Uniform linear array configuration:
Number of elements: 24
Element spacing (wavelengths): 1
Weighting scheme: uniform
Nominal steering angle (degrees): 45
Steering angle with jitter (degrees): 46.901
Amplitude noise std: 0.05
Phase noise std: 0.05

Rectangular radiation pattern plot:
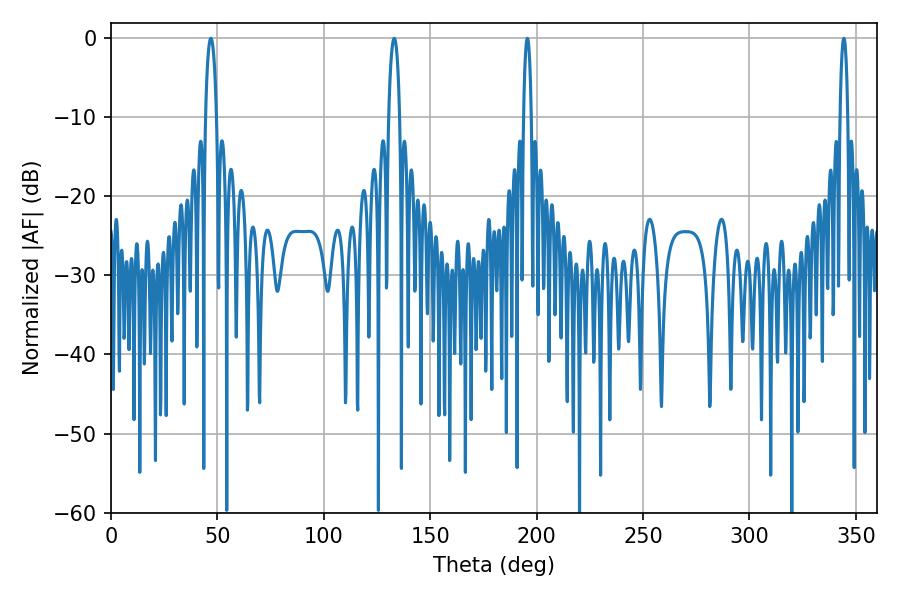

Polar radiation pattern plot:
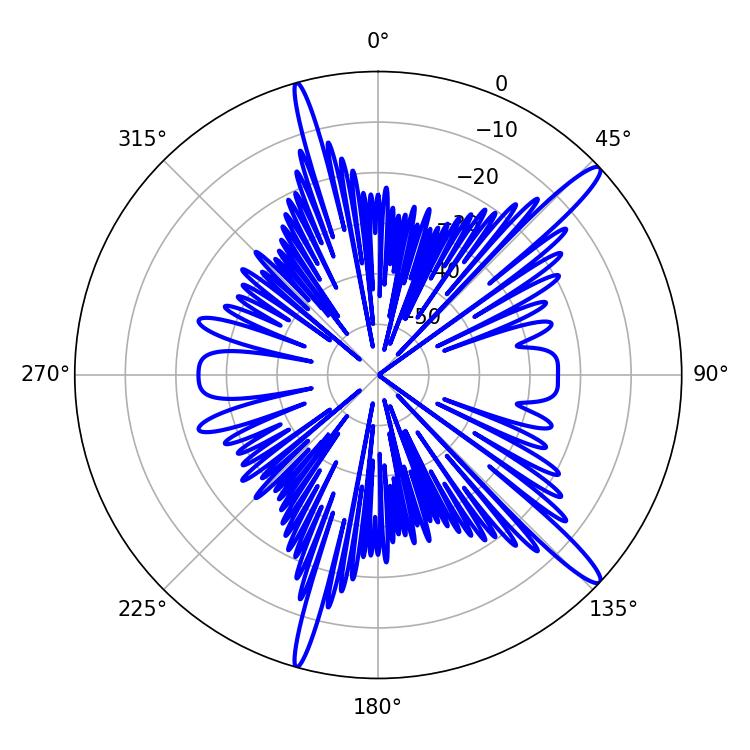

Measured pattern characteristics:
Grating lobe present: TRUE
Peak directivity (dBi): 14.902
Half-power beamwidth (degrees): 1.98
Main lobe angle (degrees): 344.34